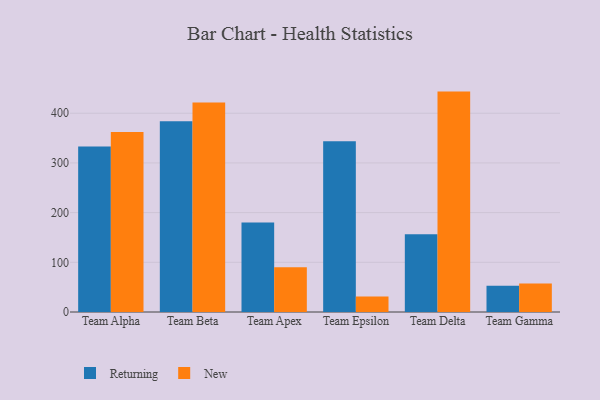
{"axis": {"x": "Team", "y": "Conversion Rate (%)"}, "legend": ["New", "Returning"], "data": [{"x": "Team Alpha", "y": 332.8, "type": "Returning"}, {"x": "Team Alpha", "y": 362.2, "type": "New"}, {"x": "Team Beta", "y": 383.7, "type": "Returning"}, {"x": "Team Beta", "y": 421.8, "type": "New"}, {"x": "Team Apex", "y": 180.1, "type": "Returning"}, {"x": "Team Apex", "y": 90.0, "type": "New"}, {"x": "Team Epsilon", "y": 343.8, "type": "Returning"}, {"x": "Team Epsilon", "y": 31.4, "type": "New"}, {"x": "Team Delta", "y": 156.5, "type": "Returning"}, {"x": "Team Delta", "y": 443.5, "type": "New"}, {"x": "Team Gamma", "y": 53.0, "type": "Returning"}, {"x": "Team Gamma", "y": 57.4, "type": "New"}]}